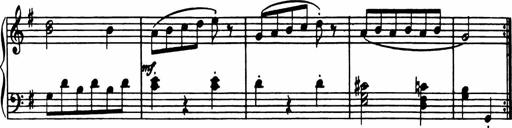
Title: Analytical Sonatinas
Composer: Frank Lynes